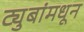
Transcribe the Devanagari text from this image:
ट्युबांमधून